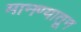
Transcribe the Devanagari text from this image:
मानण्यातून